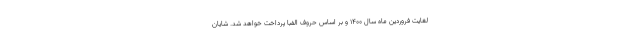
لغایت فروردین ماه سال ۱۴۰۰ و بر اساس حروف الفبا پرداخت خواهد شد. شایان